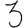
Digit: 3